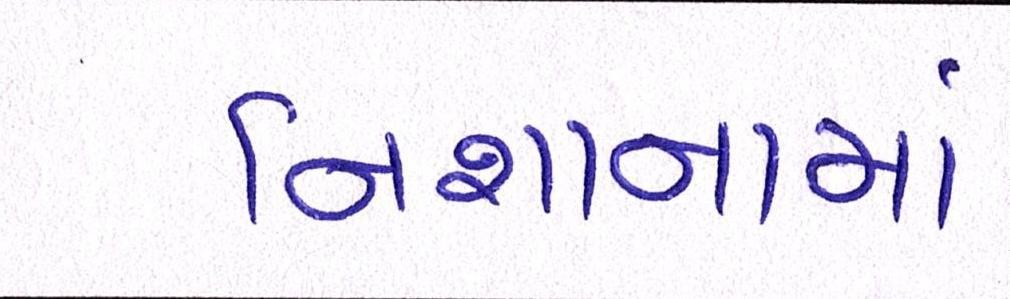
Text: નિશાનામાં